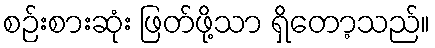
စဉ်းစားဆုံး ဖြတ်ဖို့သာ ရှိတော့သည်။